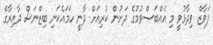
ފަވާޒް ވިދާޅުވީ މި އެއްބަސްވުމުގެ ދަށުން ކުރިއަށް ދާނީ ހަމައެކަނި ބިޒްނަސް ދާއިރާގެ